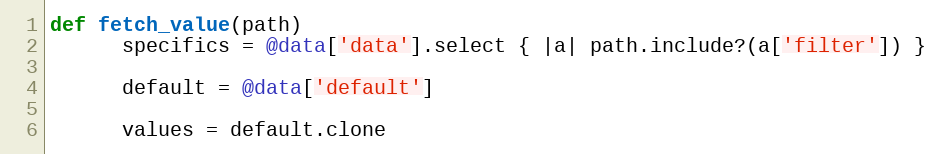
Language: Ruby
def fetch_value(path)
      specifics = @data['data'].select { |a| path.include?(a['filter']) }

      default = @data['default']

      values = default.clone